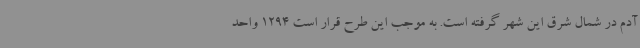
آدم در شمال شرق این شهر گرفته است. به موجب این طرح قرار است 1294 واحد